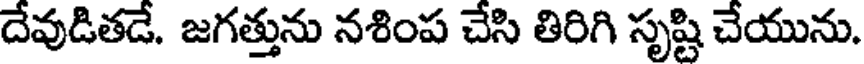
దేవుడితడే. జగత్తును నశింప చేసి తిరిగి సృష్టి చేయును.